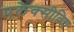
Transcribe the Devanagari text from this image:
एलेक्सीविच